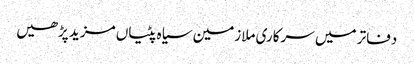
دفاتر میں سرکاری ملازمین سیاہ پٹیاں مزید پڑھیں